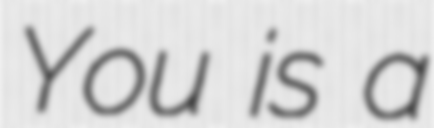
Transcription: You is a